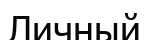
Личный